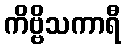
ကိဗ္ဗိသကာရီ